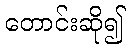
တောင်းဆို၍